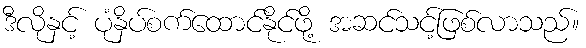
ဒီလိုနှင့် ပုံနှိပ်စက်ထောင်နိုင်ဖို့ အဆင်သင့်ဖြစ်လာသည်။